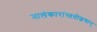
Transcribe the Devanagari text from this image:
नालंकारांस्ततोल्बणान्